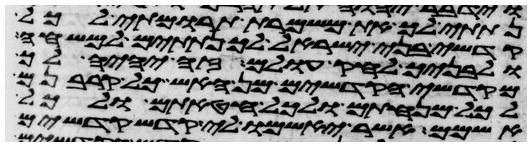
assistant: נתתי לך את משמרת תרומתי לכל
קדשי בני ישראל לך נתתים למשחה
ולבניך לחק עולם זה יהיה לך
מקדשי הקדשים מן האש כל קרבנם
לכל מנחתם ולכל חטאתם ולכל
אשמם אשר יאשמו לי קדש קדשים